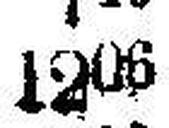
1206